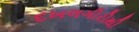
દખલગીરીથી